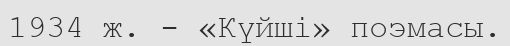
1934 ж. - «Күйші» поэмасы.